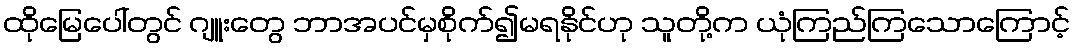
ထိုမြေပေါ်တွင် ဂျူးတွေ ဘာအပင်မှစိုက်၍မရနိုင်ဟု သူတို့က ယုံကြည်ကြသောကြောင့်